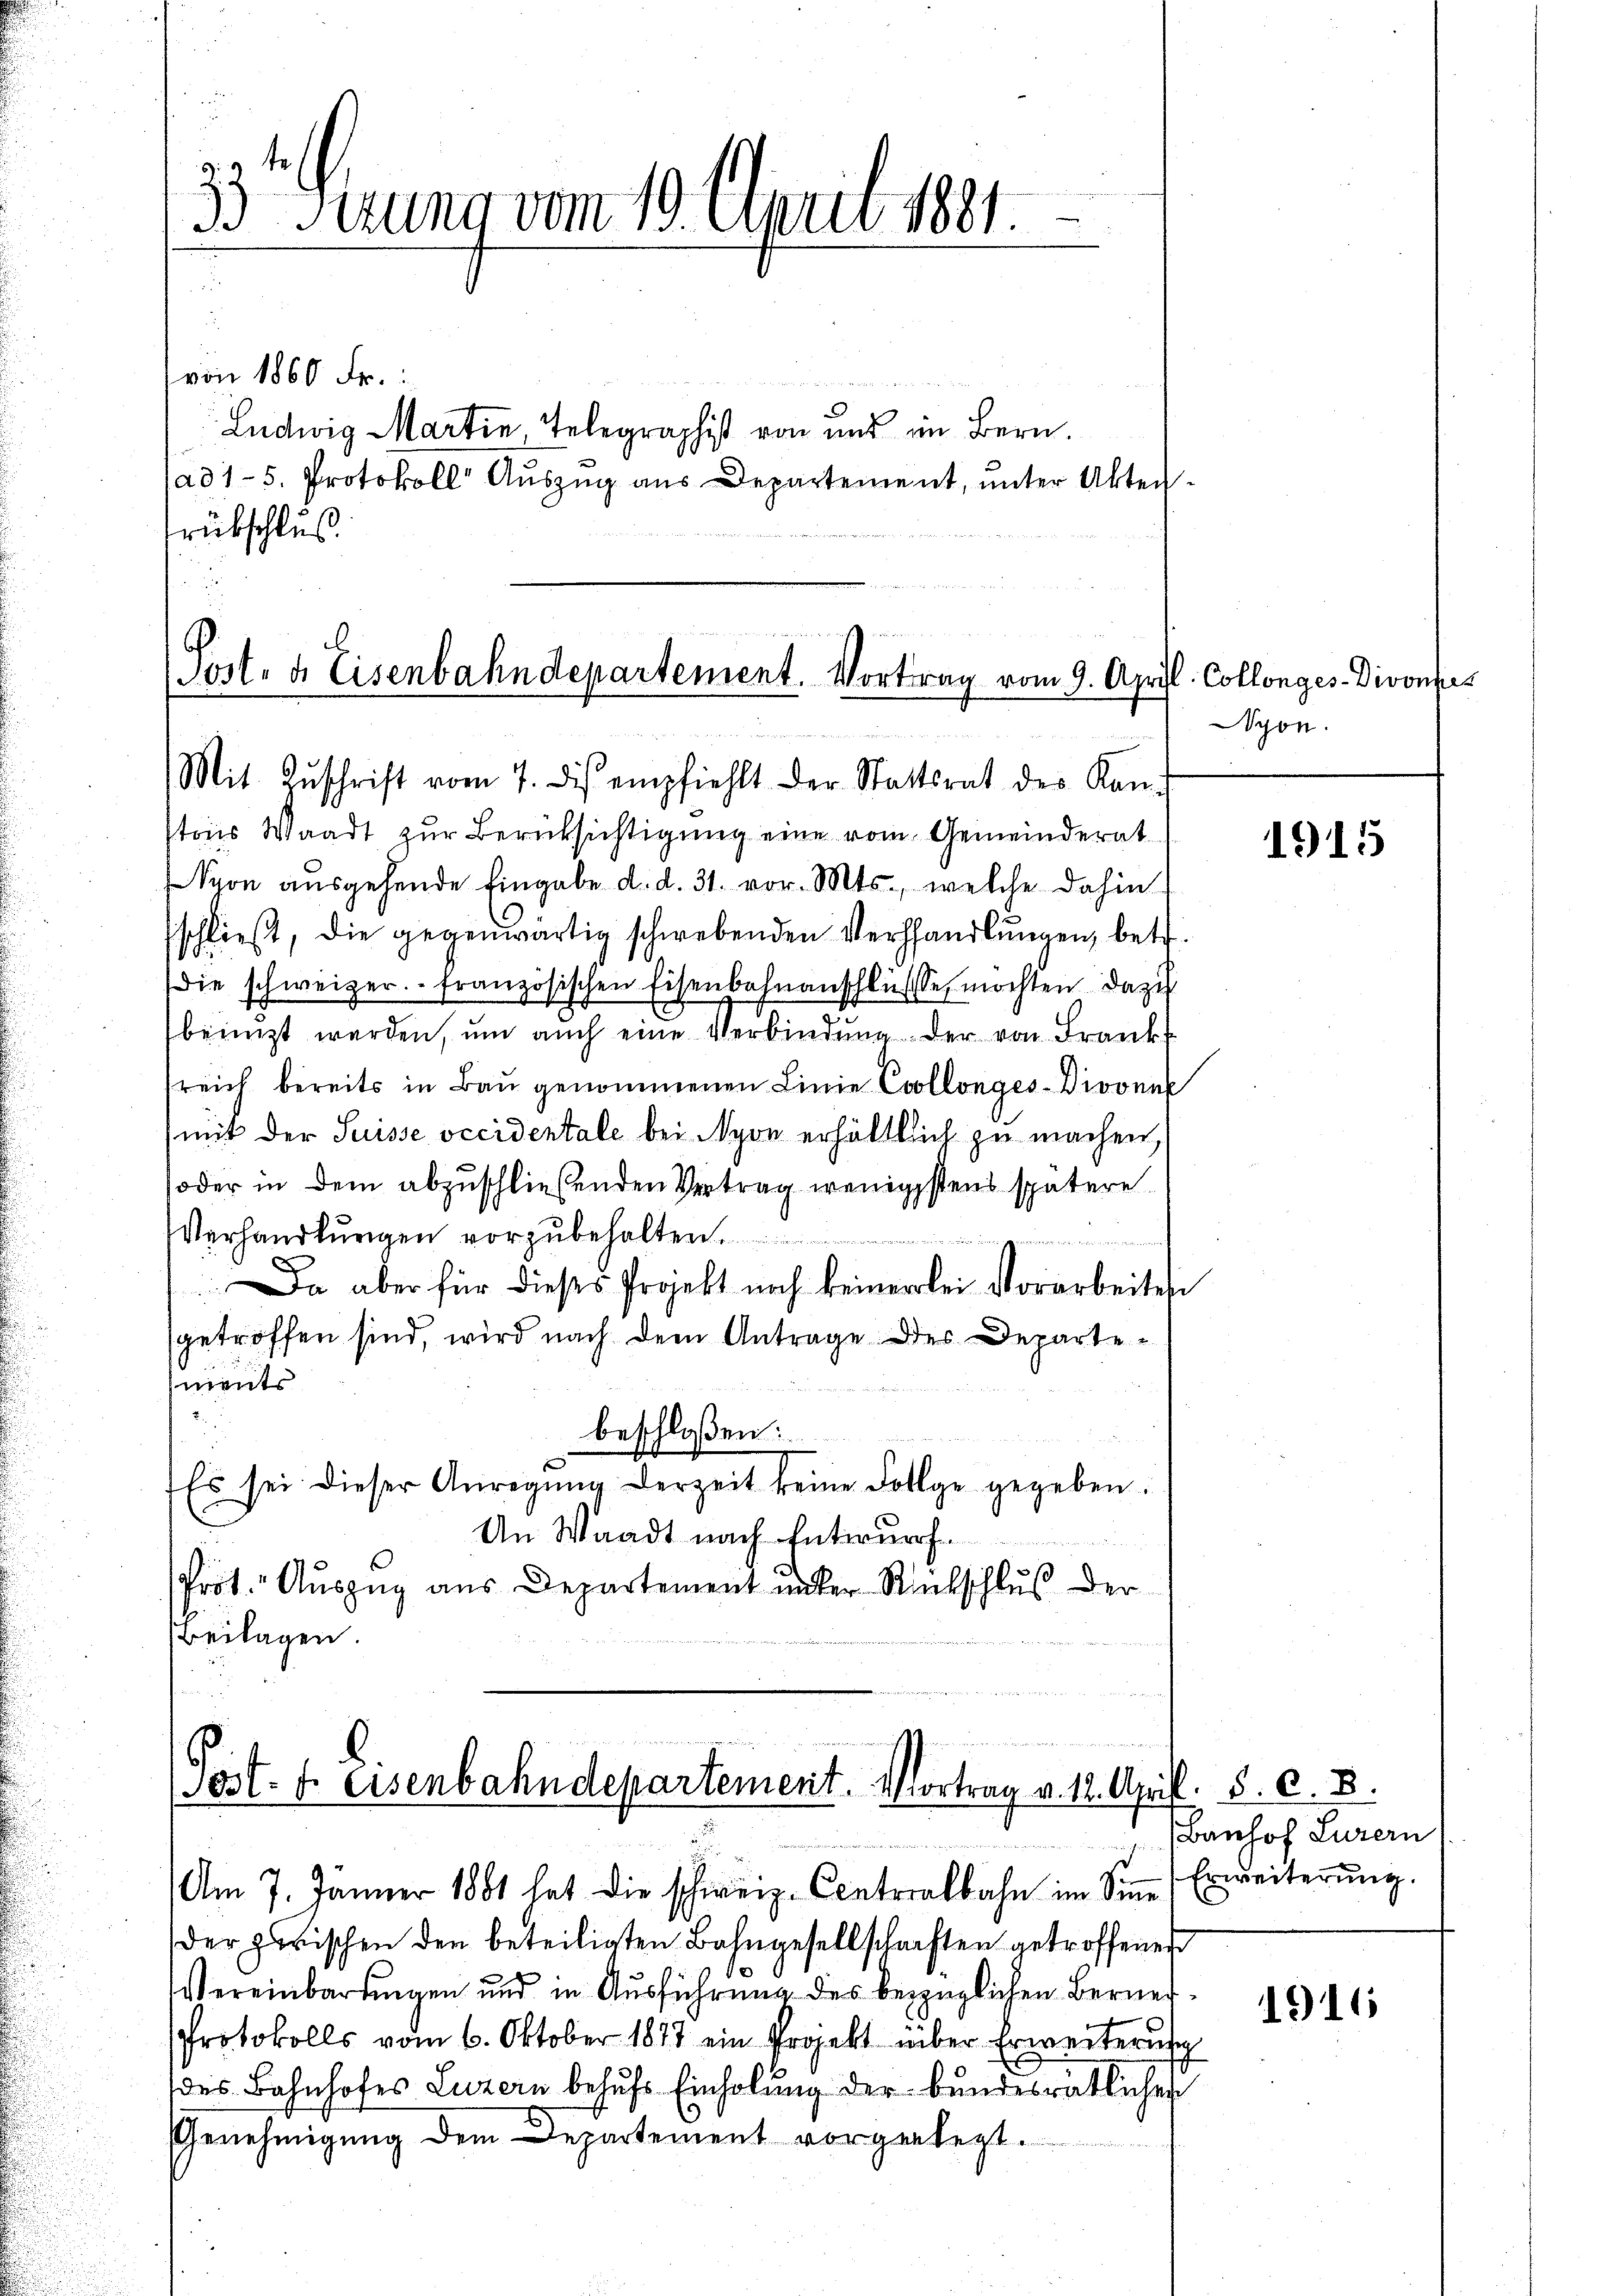
33 herung vom 10. April 1891

von 1860 Fr.
rübschluß

Ludwig Martin Telegraphist von und im Bern.
1ad1-5. Protokoll Auszug aus Departement, unter Akten¬

Post- & Eisenbahndepartement. Vortrag vom 9. April. Collonges Divonnes
Mit Zŭschrift vom 7. dis empfiehlt der Stattsrat des Kan-

storis Waadt zŭr Berücksichtigŭng eine vom Gemeinderat
Syon ausgehende Eingabe d. d. 31. vor. Mts., welche dahin
schließ, die gegenwärtig schwebenden Verhandlungen, betr.
die schweizer. Französischen Eisenbahnanschlüsse, möchten dazu
beinigt werden, ŭm aŭch eine Verbindŭng der von Frank
sreich bereits in Bau genommenen Linie Ecollongés-Divone
mit der Suisse occidentale bei Nyon erhältlich zu machen,
soder in dem abzuschließenden Vertrag wenigstens spätere
Verhandlŭngen vorzŭbehalten.
Da aber für dieses Projekt noch keinerlei Vorarbeites
getroffen sind, wird nach dem Antrage des Departements
beschloßen:
Es sei dieser Anregŭng derzeit keine Folge gegeben.
An Waadt nach Entwurf.
Prot. Aŭszŭg aŭs Departement ŭnter Rückschlus der
Beilagen.

d
e
Post. f. Eisenbahndepartement. Vortrag v. 12. Apri
Am 7. Jänner 1881 hat die schweiz. Centralbahn im Siṅe (Erweiterŭng.

der zwischen den beteiligten Bahngesellschaften getroffenen
Vereinbardingen und in Ausführung des bezüglichen Berner¬
Protokolls vom 6. Oktober 1877 ein Projekt über Erweiterung
des Bahnhofes Luzern behufs Einholung der bundesrätliches
Genehmigung dem Departement vorgelegt.

Vyon.

1915

P. 8. d. 8.
Banhof Luzern

1916